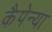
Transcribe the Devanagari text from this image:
कैपेन्या